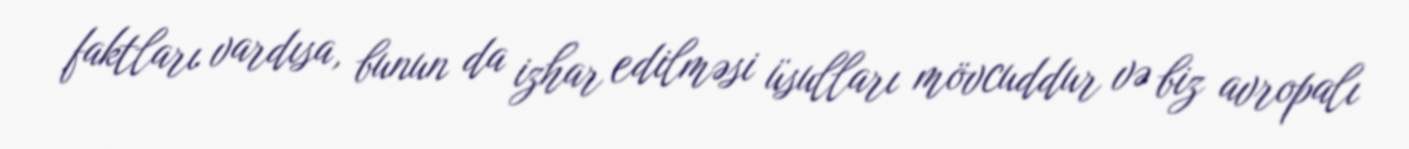
faktları vardısa, bunun da izhar edilməsi üsulları mövcuddur və biz avropalı